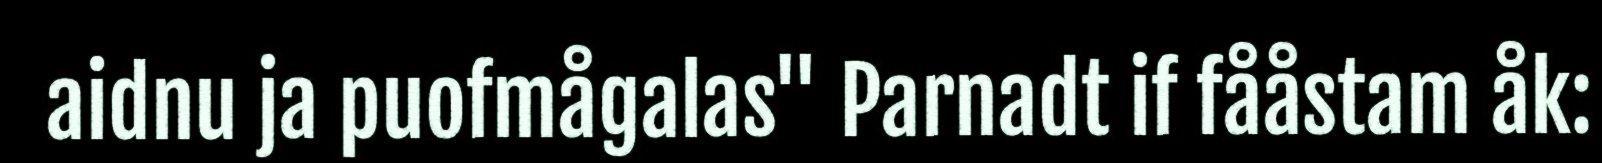
aidnu ja puofmågalas" Parnadt if fååstam åk: